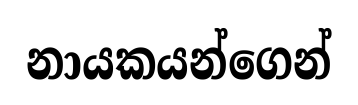
නායකයන්ගෙන්